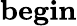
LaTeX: \mathbf{begin}